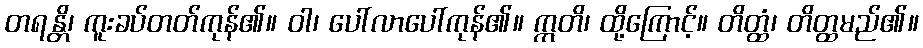
တရန္တိ၊ ကူးခပ်တတ်ကုန်၏။ ဝါ၊ ပေါ်လာပေါ်ကုန်၏။ ဣတိ၊ ထို့ကြောင့်။ တိတ္ထံ၊ တိတ္ထမည်၏။